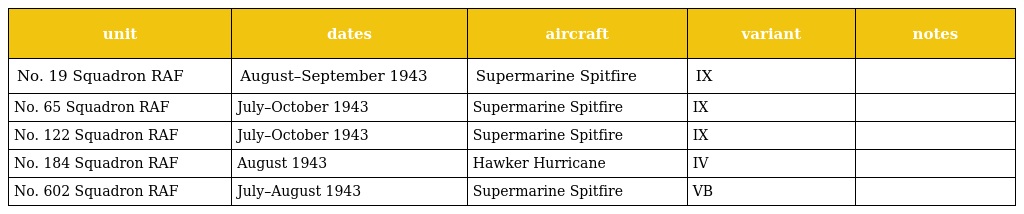
| unit | dates | aircraft | variant | notes |
 | --- | --- | --- | --- | --- |
 | No. 19 Squadron RAF | August–September 1943 | Supermarine Spitfire | IX |  |
 | No. 65 Squadron RAF | July–October 1943 | Supermarine Spitfire | IX |  |
 | No. 122 Squadron RAF | July–October 1943 | Supermarine Spitfire | IX |  |
 | No. 184 Squadron RAF | August 1943 | Hawker Hurricane | IV |  |
 | No. 602 Squadron RAF | July–August 1943 | Supermarine Spitfire | VB |  |